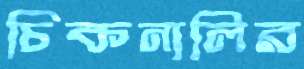
চিকনালির